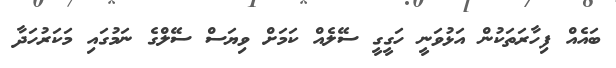
ބައެއް ފިހާރަތަކުން އަޅުވަނީ ހަގީގީ ސޭލެއް ކަމަށް ވިޔަސް ސޭލްގެ ނަމުގައި މަކަރުހަދާ